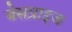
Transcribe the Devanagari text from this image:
बेसप्राइज